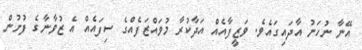
އޭނާ ނުހަނު އާދައިގައެވެ. ވަޒީފާއެއް އަދާކުރާ މުވައްޒަފެއްގެ ސިފައެއް އެ ޒުވާނާގެ ފުށުން